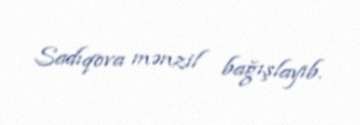
Sadıqova mənzil bağışlayıb.